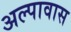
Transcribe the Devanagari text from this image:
अल्पावास